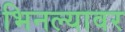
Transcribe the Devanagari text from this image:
भिनल्यावर